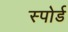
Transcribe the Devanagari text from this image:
स्पोर्ड